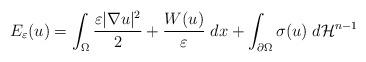
LaTeX: \begin{align*} E_{\varepsilon}(u) = \int_{\Omega} \dfrac{\varepsilon|\nabla u|^2}{2} + \dfrac{W(u)}{\varepsilon} \; dx + \int_{\partial \Omega} \sigma(u) \; d\mathcal{H}^{n-1} \end{align*}